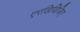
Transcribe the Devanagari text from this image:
एरडिविजिए